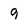
Character: 9